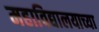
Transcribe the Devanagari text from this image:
महाविद्यालयाच्‍या